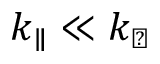
k _ { \parallel } \ll k _ { \perp }